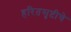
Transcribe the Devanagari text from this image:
हरितसृष्टीचे